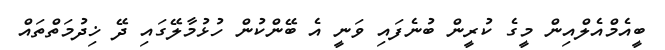
ބީއެމްއެލްއިން މީގެ ކުރީން ބުނެފައި ވަނީ އެ ބޭންކުން ހުޅުމާލޭގައި ދޭ ޚިދުމަތްތައް